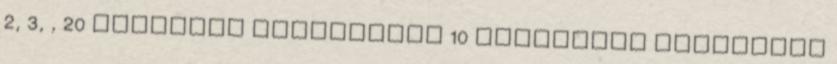
2, 3, , 20 számokat besoroljuk 10 csoportba amelyekre